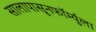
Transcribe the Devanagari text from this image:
सालापासूनफॉर्म्युला